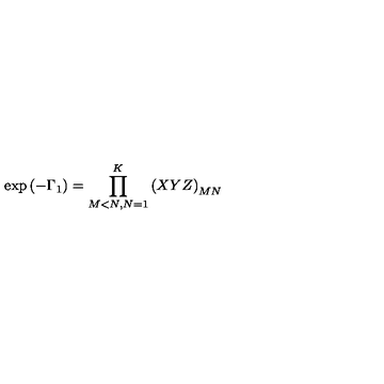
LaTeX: \exp { ( - \Gamma _ { 1 } ) } = \prod _ { M < N , N = 1 } ^ { K } \left( X Y Z \right) _ { M N }